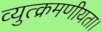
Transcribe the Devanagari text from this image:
व्युत्क्रमणीयता।